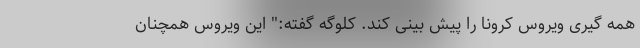
همه گیری ویروس کرونا را پیش بینی کند. کلوگه گفته:" این ویروس همچنان